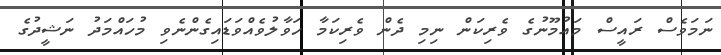
ނަމަވެސް ރައީސް މައުމޫނުގެ ވެރިކަން ނިމި ދެން ވެރިކަމާ ހަވާލުވެއްވަޑައިގެންނެވި މުހައްމަދު ނަޝީދުގެ